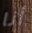
أنا